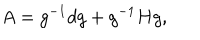
LaTeX: A = g ^ { - 1 } d g + g ^ { - 1 } H g ,